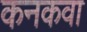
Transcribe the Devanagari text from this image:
कनकवा